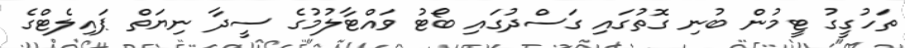
ތަހުގީގު ޓީމުން ބުނި ގޮތުގައި ގަސްދުގައި ބޯޓު ވައްޓާލުމުގެ ސީދާ ނިޔަތް ޕައިލެޓްގެ